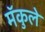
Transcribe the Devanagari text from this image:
मॅकुले